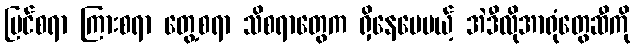
မြင်စရာ ကြားစရာ တွေ့စရာ သိစရာတွေက ရှိနေပေမယ့် အဲဒီလိုအာရုံတွေဆီကို